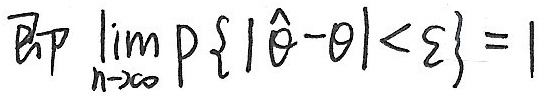
即 $\lim_{n \to \infty} P\{|\hat{\theta}-\theta|<\varepsilon\} = 1$